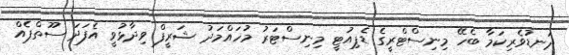
ދަނޑުވެރިކަމާ ބެހޭ މިނިސްޓްރީގެ ޑެޕިއުޓީ މިނިސްޓަރު މުހައްމަދު ޝަރީފް ވިދާޅުވީ އެފަދަ ސޫތްޕެއް